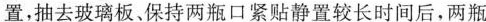
置，抽去玻璃板、保持两瓶口紧贴静置较长时间后，两瓶